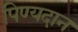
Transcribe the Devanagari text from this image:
पिण्यदान